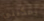
يمكنني